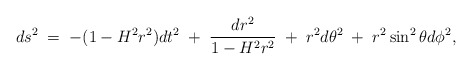
\begin{align*}ds^{2}\;=\;-(1-H^{2}r^{2})dt^{2}\;+\;\frac{dr^{2}}{1-H^{2}r^{2}}\;+\;r^{2}d\theta^{2}\;+\;r^{2}\sin^{2}\theta d\phi^{2},\end{align*}